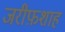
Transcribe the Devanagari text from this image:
जरीफ़शाह